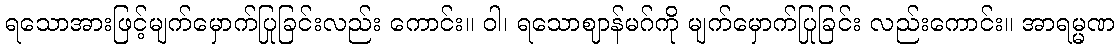
ရသောအားဖြင့်မျက်မှောက်ပြုခြင်းလည်း ကောင်း။ ဝါ၊ ရသောဈာန်မဂ်ကို မျက်မှောက်ပြုခြင်း လည်းကောင်း။ အာရမ္မဏ